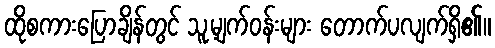
ထိုစကားပြောချိန်တွင် သူ့မျက်ဝန်းများ တောက်ပလျက်ရှိ၏။